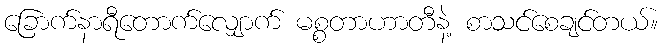
ခြောက်နာရီတောက်လျှောက် မစ္စတာဟာတီနဲ့ စာသင်စေချင်တယ်။